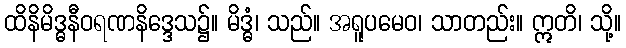
ထိနိမိဒ္ဓနီဝရဏနိဒ္ဒေသ၌။ မိဒ္ဓံ၊ သည်။ အရူပမေဝ၊ သာတည်း။ ဣတိ၊ သို့။